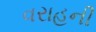
વરાહની